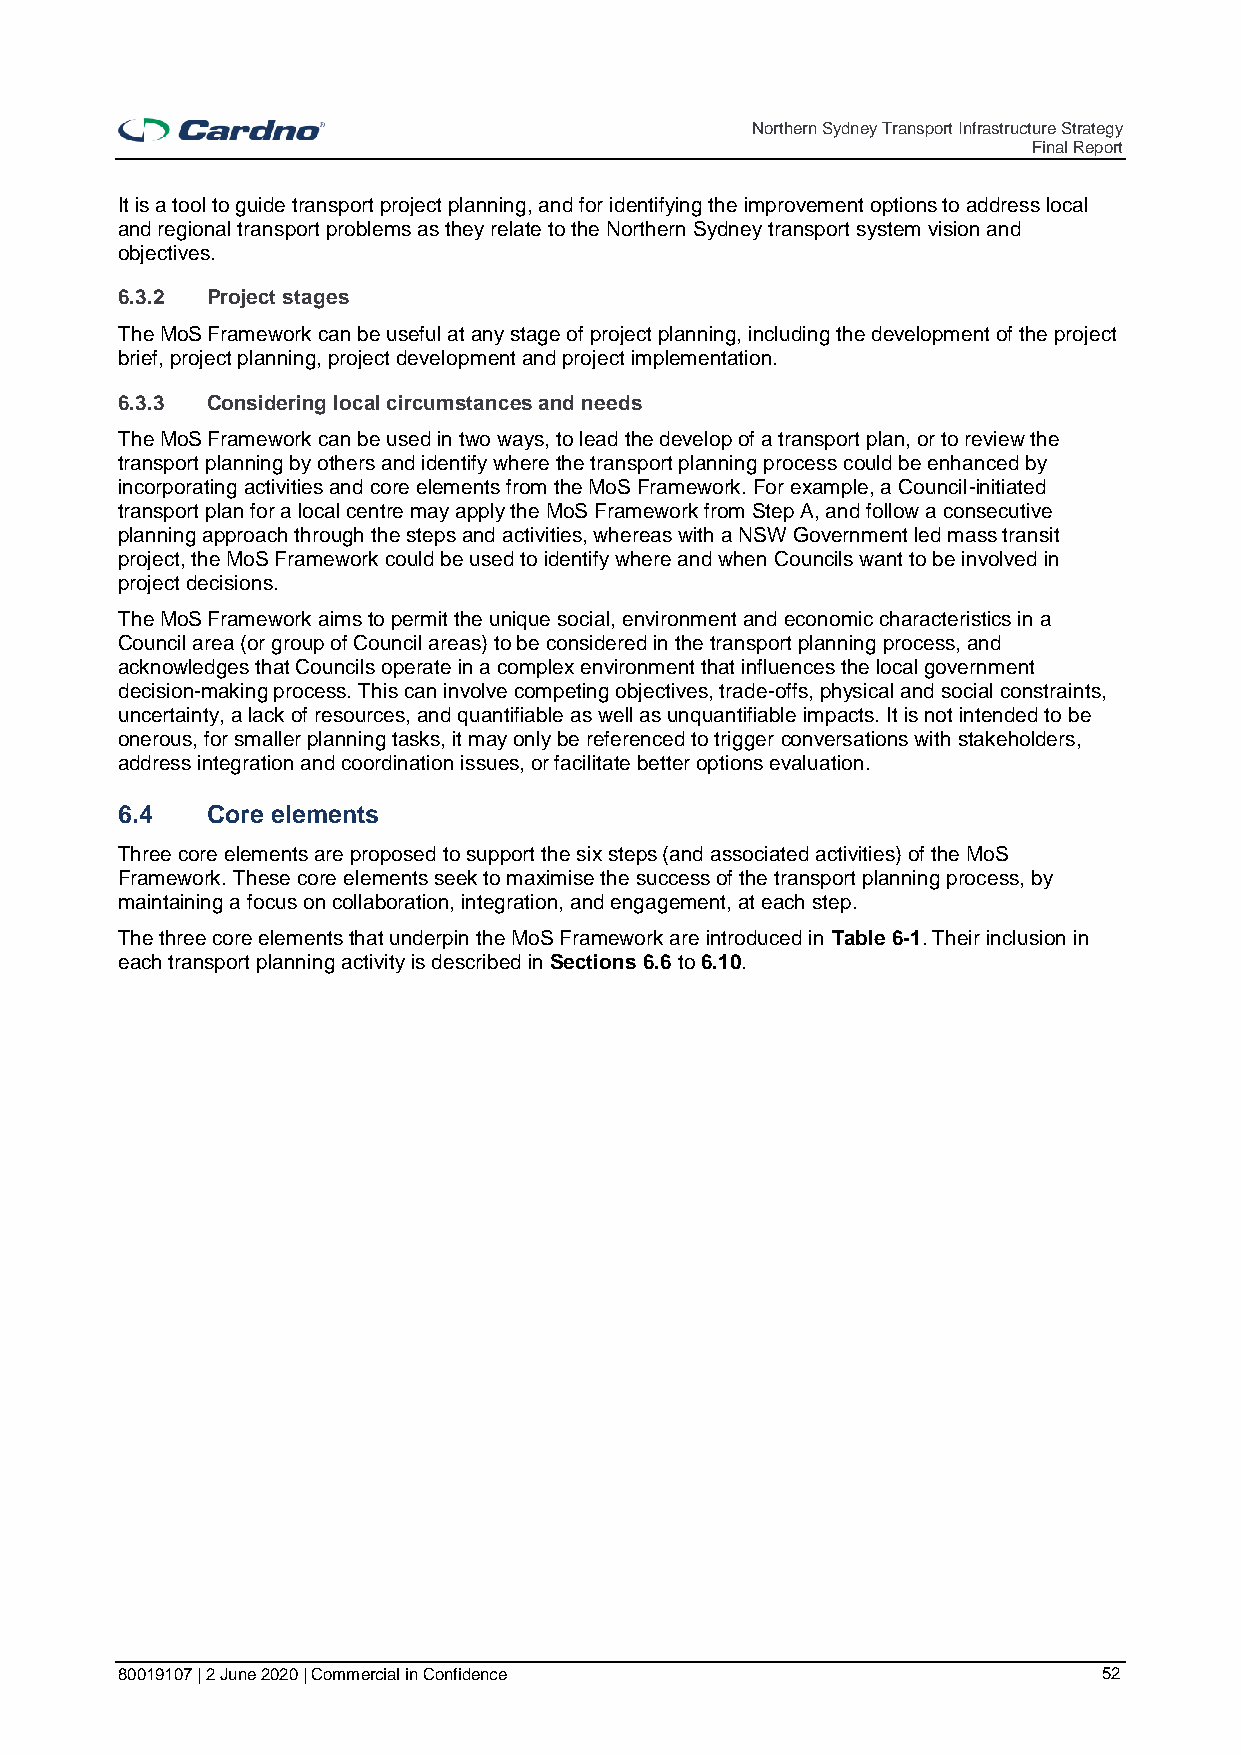
Northern Sydney Transport Infrastructure Strategy
 Final Report
 It is a tool to guide transport project planning, and for identifying the improvement options to address local
 and regional transport problems as they relate to the Northern Sydney transport system vision and
 objectives.
 6.3.2 Project stages
 The MoS Framework can be useful at any stage of project planning, including the development of the project
 brief, project planning, project development and project implementation.
 6.3.3 Considering local circumstances and needs
 The MoS Framework can be used in two ways, to lead the develop of a transport plan, or to review the
 transport planning by others and identify where the transport planning process could be enhanced by
 incorporating activities and core elements from the MoS Framework. For example, a Council-initiated
 transport plan for a local centre may apply the MoS Framework from Step A, and follow a consecutive
 planning approach through the steps and activities, whereas with a NSW Government led mass transit
 project, the MoS Framework could be used to identify where and when Councils want to be involved in
 project decisions.
 The MoS Framework aims to permit the unique social, environment and economic characteristics in a
 Council area (or group of Council areas) to be considered in the transport planning process, and
 acknowledges that Councils operate in a complex environment that influences the local government
 decision-making process. This can involve competing objectives, trade-offs, physical and social constraints,
 uncertainty, a lack of resources, and quantifiable as well as unquantifiable impacts. It is not intended to be
 onerous, for smaller planning tasks, it may only be referenced to trigger conversations with stakeholders,
 address integration and coordination issues, or facilitate better options evaluation.
 6.4   Core elements
 Three core elements are proposed to support the six steps (and associated activities) of the MoS
 Framework. These core elements seek to maximise the success of the transport planning process, by
 maintaining a focus on collaboration, integration, and engagement, at each step.
 The three core elements that underpin the MoS Framework are introduced in Table 6-1. Their inclusion in
 each transport planning activity is described in Sections 6.6 to 6.10.
 80019107 | 2 June 2020 | Commercial in Confidence                52